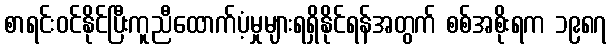
စာရင်းဝင်နိုင်ပြီးကူညီထောက်ပံ့မှုများရရှိနိုင်ရန်အတွက် စစ်အစိုးရက ၁၉၈၇